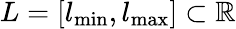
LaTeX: L=[l_{\operatorname*{min}},l_{\operatorname*{max}}]\subset\mathbb{R}